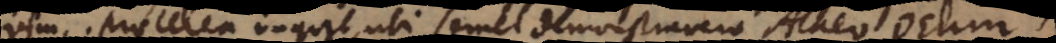
vim. Praeterea inquit, ubi semel demonstravero Atheo Deum